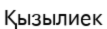
Қызылиек